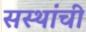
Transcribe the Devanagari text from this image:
सस्थांची